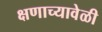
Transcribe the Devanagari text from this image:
क्षणाच्यावेळी